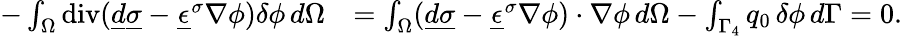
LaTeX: \begin{array}{rl}{-\int_{\Omega}\operatorname{div}(\underline{{d}}\underline{{\sigma}}-\underline{{\epsilon}}^{\sigma}\nabla\phi)\delta\phi\, d\Omega}&{=\int_{\Omega}(\underline{{d}}\underline{{\sigma}}-\underline{{\epsilon}}^{\sigma}\nabla\phi)\cdot\nabla\phi\, d\Omega-\int_{\Gamma_{4}}q_{0}\, \delta\phi\, d\Gamma=0.}\end{array}